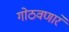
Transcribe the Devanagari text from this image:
गोठवणारे